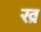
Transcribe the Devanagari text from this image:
ख्र